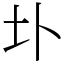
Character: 圤